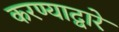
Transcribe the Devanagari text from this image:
करण्याद्वारे